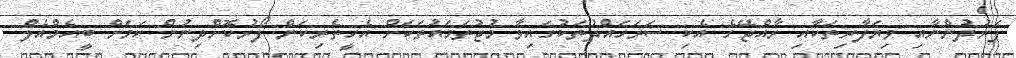
ފަރުދުންނާއި ވިޔަފާރިތަކާއި ރާއްޖޭގެ އެކި ސަރަހައްދުތަކުގައިވާ މުޖުތަމައުތަކަށް އެހީތެރިކަން ފޯރުކޮށްދިނުން ކަމަށް ބީއެމްއެލް